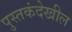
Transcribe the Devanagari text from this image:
पुस्तकंदेखील